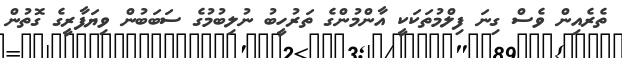
ތެރެއިން ވެސް ގިނަ ފިލްމުތަކަކީ އާންމުންގެ ތަރުހީބު ނުލިބުމުގެ ސަބަބުން ވިޔަފާރީގެ ގޮތުން